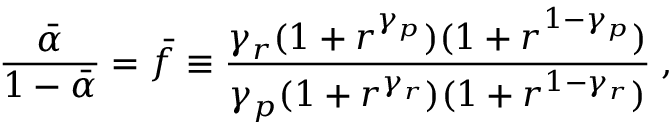
\frac { \bar { \alpha } } { 1 - \bar { \alpha } } = \bar { f } \equiv \frac { \gamma _ { r } ( 1 + r ^ { \gamma _ { p } } ) ( 1 + r ^ { 1 - \gamma _ { p } } ) } { \gamma _ { p } ( 1 + r ^ { \gamma _ { r } } ) ( 1 + r ^ { 1 - \gamma _ { r } } ) } \; ,